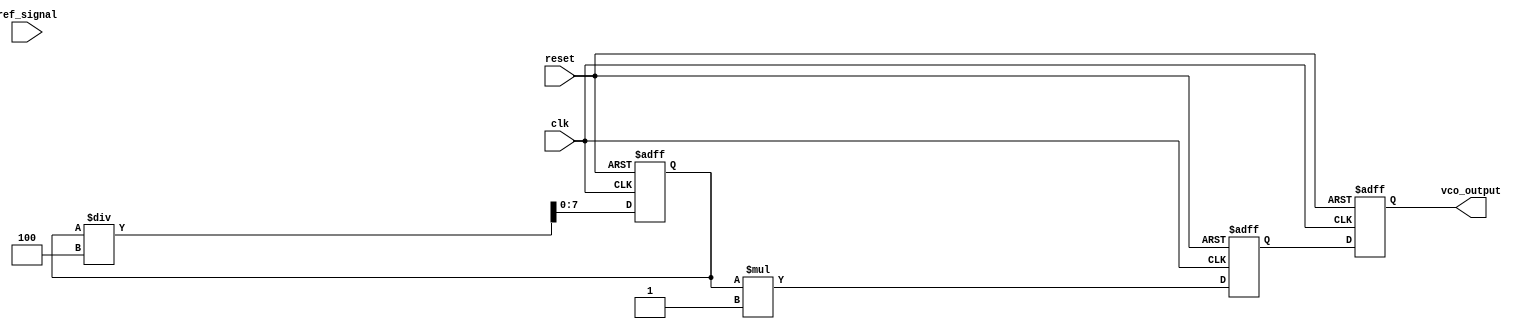
module dpll (
    input wire clk,                // System clock
    input wire reset,              // Reset signal
    input wire ref_signal,         // Reference input signal
    output reg vco_output          // VCO output signal
);

// Parameters
parameter N = 8;                  // Number of bits for phase error
parameter FILTER_ORDER = 4;      // Order of the filter

// Internal signals
reg [N-1:0] phase_error;          // Phase error signal
reg [N-1:0] filter_output;         // Filter output
reg [N-1:0] vco_control;           // Control signal for VCO
reg [N-1:0] memory [0:FILTER_ORDER-1]; // Memory blocks for filter coefficients
reg [N-1:0] error_memory [0:FILTER_ORDER-1]; // Memory for past errors

// VCO parameters
parameter VCO_GAIN = 1;           // Gain of the VCO

// Phase Detector
always @(posedge clk or posedge reset) begin
    if (reset) begin
        phase_error <= 0;
    end else begin
        // Simple phase detector: XOR for phase comparison
        phase_error <= (ref_signal ^ vco_output) ? 1 : 0;
    end
end

// Loop Filter (Simple IIR Filter)
integer i;
always @(posedge clk or posedge reset) begin
    if (reset) begin
        filter_output <= 0;
        for (i = 0; i < FILTER_ORDER; i = i + 1) begin
            memory[i] <= 0; // Initialize filter coefficients
            error_memory[i] <= 0; // Initialize error memory
        end
    end else begin
        // Shift previous errors
        for (i = FILTER_ORDER-1; i > 0; i = i - 1) begin
            error_memory[i] <= error_memory[i-1];
        end
        error_memory[0] <= phase_error;

        // Calculate filter output (simple moving average)
        filter_output <= 0;
        for (i = 0; i < FILTER_ORDER; i = i + 1) begin
            filter_output <= filter_output + error_memory[i];
        end
        filter_output <= filter_output / FILTER_ORDER; // Average
    end
end

// VCO
always @(posedge clk or posedge reset) begin
    if (reset) begin
        vco_output <= 0;
        vco_control <= 0;
    end else begin
        // Control VCO based on filter output
        vco_control <= filter_output * VCO_GAIN;
        // Generate VCO output (simple example)
        vco_output <= vco_control; // This would be a more complex function in a real VCO
    end
end

endmodule